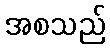
အစသည်